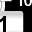
Digit: 1